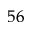
^ { 5 6 }